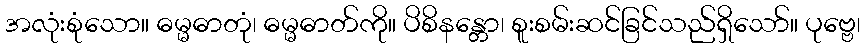
အလုံးစုံသော။ ဓမ္မဓာတုံ၊ ဓမ္မဓာတ်ကို။ ပိစိနန္တော၊ စူးစမ်းဆင်ခြင်သည်ရှိသော်။ ပုဗ္ဗေ၊